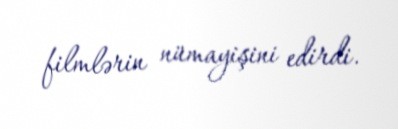
filmlərin nümayişini edirdi.